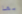
بها